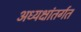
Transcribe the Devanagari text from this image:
अध्यक्षांतर्गत